Civil Veterinary Department Bihar & Orissa reports 1929-36 - 1929-1936
Year: 1929
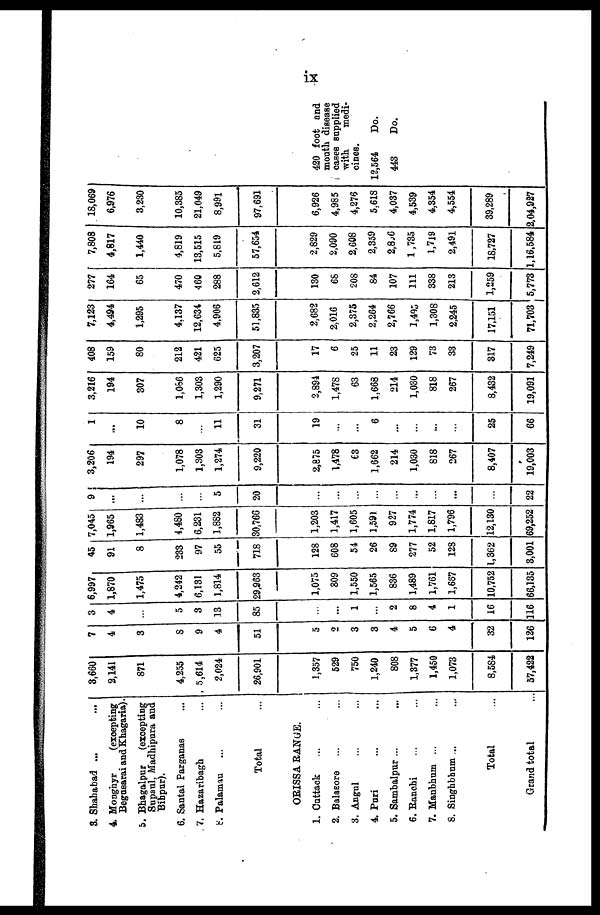
ix
3. Shahabad ... ...
4. Mongnyr
(excepting
Begusarai and Khagaria).
5. Bhagalpur
(excepting
Snpaul, Madhipura and
Bihpur).
6. Santal Parganas ...
7. Hazaribagh ...
8. Palamau ... ...
Total
ORISSA RANGE.
1. Cattack ... ...
2. Balasore ... ...
3. Angul ... ...
4. Puri ... ...
5. Sambalpur ... ...
6. Ranchi ... ...
7. Manbhum ... ...
8. Singhbhum ... ...
Total ...
Grand total ...
3,660
2,141
871
4,255
5,614
2,024
26,901
1,357
529
750
1,240
808
1,377
1,450
1,073
8,584
57,422
7
4
3
8
9
4
51
5
2
3
3
4
5
6
4
32
126
3
4
...
5
3
13
85
...
...
1
...
2
8
4
1
16
116
6,997
1,870
1,475
4,242
6,131
1,814
29,963
1,075
809
1,550
1,565
836
1,489
1,761
1,687
10,752
66,135
45
91
8
233
97
55
718
128
608
54
26
89
277
52
128
1,362
3,001
7,045
1,965
1,483
4,480
6,231
1,882
30,766
1,203
1,417
1,605
1,591
927
1,774
1,817
1,796
12,130
69,252
9
...
...
...
...
5
20
...
...
...
...
...
...
...
...
...
22
3,206
194
297
1,078
1,303
1,274
9,220
2,875
1,478
63
1,662
214
1,030
818
267
8,407
19,003
1
...
10
8
...
11
31
19
...
...
6
...
...
...
...
25
66
3,216
194
307
1,086
1,303
1,290
9,271
2,894
1,478
63
1,668
214
1,030
818
267
8,432
19,091
408
159
80
212
421
625
3,207
17
6
25
11
23
129
73
33
317
7,249
7,123
4,494
1,295
4,137
12,634
4,906
51,835
2,682
2,016
2,375
2,264
2,766
1,495
1,308
2,245
17,151
71,703
277
164
65
470
460
288
2,612
130
68
208
84
107
111
338
213
1,259
5,773
7,808
4,817
1,440
4,819
13,515
5,819
57,654
2,829
2,090
2,608
2,359
2,866
1,735
1,719
2,491
18,727
1,16,584
18,069
6,976
3,230
10,385
21,049
8,991
97,691
6,926
4,985
4,276
5,618
4,037
4,539
4,354
4,554
39,289
2,04,927
420 foot and
mouth disease
cases supplied
with.
medi-
cines.
12,564
443
Do.
Do.